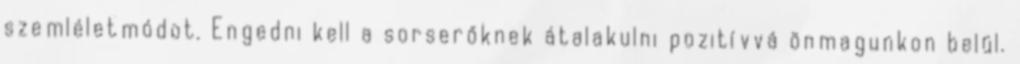
szemléletmódot. Engedni kell a sorserőknek átalakulni pozitívvá önmagunkon belül.